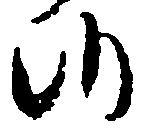
候